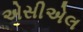
એસીએલ